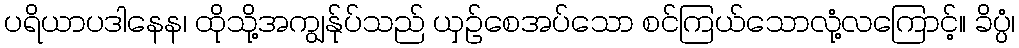
ပရိယာပဒါနေန၊ ထိုသို့အကျွန်ုပ်သည် ယှဉ်စေအပ်သော စင်ကြယ်သောလုံ့လကြောင့်။ ခိပ္ပံ၊